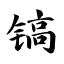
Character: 镐